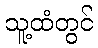
သူ့ထံတွင်